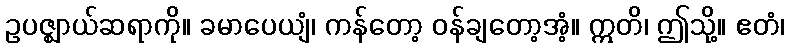
ဥပဇ္ဈာယ်ဆရာကို။ ခမာပေယျံ၊ ကန်တော့ ဝန်ချတော့အံ့။ ဣတိ၊ ဤသို့။ ဧတံ၊